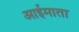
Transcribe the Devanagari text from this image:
आईमाता